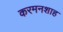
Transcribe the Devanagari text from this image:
करमनशाह